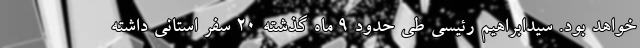
خواهد بود. سیدابراهیم رئیسی طی حدود ۹ ماه گذشته ۲۰ سفر استانی داشته